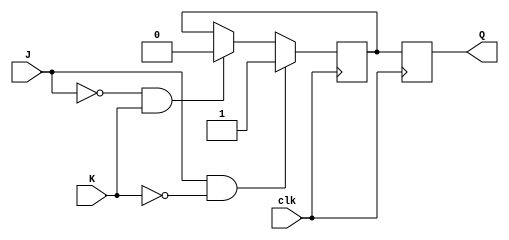
module jk_ff_ms (
    input wire J,
    input wire K,
    input wire clk,
    output reg Q
);

reg temp_Q;

always @(posedge clk) begin
    // Master flip-flop captures input values on rising edge
    if (J & ~K)
        temp_Q <= 1;
    else if (~J & K)
        temp_Q <= 0;
end

always @(negedge clk) begin
    // Slave flip-flop holds final output on falling edge
    Q <= temp_Q;
end

endmodule